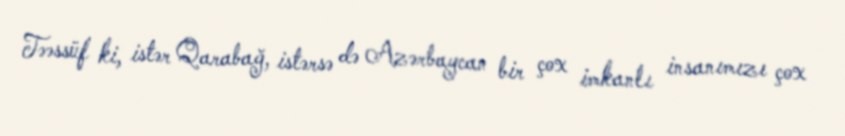
Təəssüf ki, istər Qarabağ, istərsə də Azərbaycan bir çox imkanlı insanımızı çox